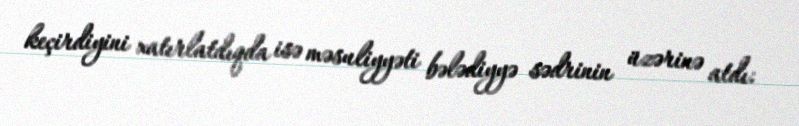
keçirdiyini xatırlatdıqda isə məsuliyyəti bələdiyyə sədrinin üzərinə atdı: